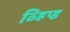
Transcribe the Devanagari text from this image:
व्हिप्ड